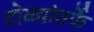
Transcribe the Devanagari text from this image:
टोळ्यांतर्फे